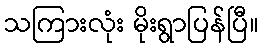
သကြားလုံး မိုးရွာပြန်ပြီ။